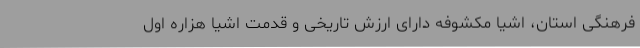
فرهنگی استان، اشیا مکشوفه دارای ارزش تاریخی و قدمت اشیا هزاره اول